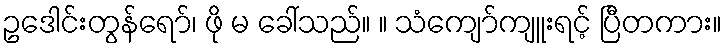
ဥဒေါင်းတွန်ရော်၊ ဖို မ ခေါ်သည်။ ။ သံကျော်ကျူးရင့် ပြီတကား။